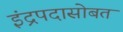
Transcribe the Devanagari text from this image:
इंद्रपदासोबत